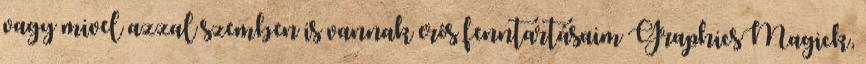
vagy mivel azzal szemben is vannak erős fenntartásaim GraphicsMagick,